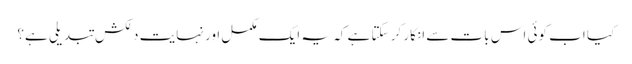
کیا اب کوئی اس بات سے انکار کر سکتا ہے کہ یہ ایک مکمل اور نہایت دلکش تبدیلی ہے؟